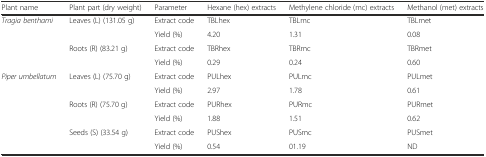
<table><thead><tr><td><b>Plant name</b></td><td><b>Plant part (dry weight)</b></td><td><b>Parameter</b></td><td><b>Hexane (hex) extracts</b></td><td><b>Methylene chloride (mc) extracts</b></td><td><b>Methanol (met) extracts</b></td></tr></thead><tbody><tr><td rowspan="4"><i>Tragia benthami</i></td><td rowspan="2">Leaves (L) (131.05 g)</td><td>Extract code</td><td>TBLhex</td><td>TBLmc</td><td>TBLmet</td></tr><tr><td>Yield (%)</td><td>4.20</td><td>1.31</td><td>0.08</td></tr><tr><td rowspan="2">Roots (R) (83.21 g)</td><td>Extract code</td><td>TBRhex</td><td>TBRmc</td><td>TBRmet</td></tr><tr><td>Yield (%)</td><td>0.29</td><td>0.24</td><td>0.60</td></tr><tr><td rowspan="6"><i>Piper umbellatum</i></td><td rowspan="2">Leaves (L) (75.70 g)</td><td>Extract code</td><td>PULhex</td><td>PULmc</td><td>PULmet</td></tr><tr><td>Yield (%)</td><td>2.97</td><td>1.78</td><td>0.61</td></tr><tr><td rowspan="2">Roots (R) (75.70 g)</td><td>Extract code</td><td>PURhex</td><td>PURmc</td><td>PURmet</td></tr><tr><td>Yield (%)</td><td>1.88</td><td>1.51</td><td>0.62</td></tr><tr><td rowspan="2">Seeds (S) (33.54 g)</td><td>Extract code</td><td>PUShex</td><td>PUSmc</td><td>PUSmet</td></tr><tr><td>Yield (%)</td><td>0.54</td><td>01.19</td><td>ND</td></tr></tbody></table>